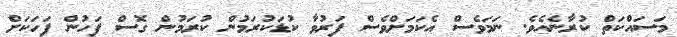
މަސައްކަތް ކުރާނެއެވެ. ނަމަވެސް އެކަމަށްވެސް ފަރުވާ ކުޑަކުރަމުން ކުރަމުން ގޮސް ފަހުން ފަހަކަށް